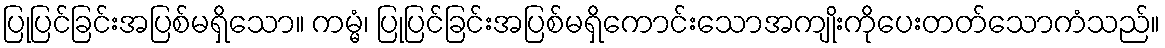
ပြုပြင်ခြင်းအပြစ်မရှိသော။ ကမ္မံ၊ ပြုပြင်ခြင်းအပြစ်မရှိကောင်းသောအကျိုးကိုပေးတတ်သောကံသည်။